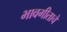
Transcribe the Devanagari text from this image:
भावगीताचे